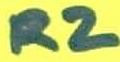
Text: R2